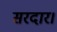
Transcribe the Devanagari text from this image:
सरदार।